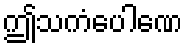
ဤသကံပေါဏေ